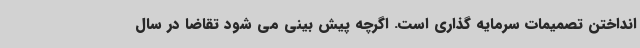
انداختن تصمیمات سرمایه گذاری است. اگرچه پیش بینی می شود تقاضا در سال